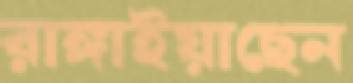
রাঙ্গাইয়াছেন